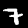
Digit: 7